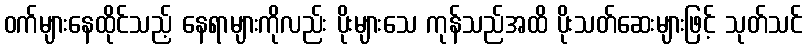
ဝက်များနေထိုင်သည့် နေရာများကိုလည်း ပိုးများသေ ကုန်သည်အထိ ပိုးသတ်ဆေးများဖြင့် သုတ်သင်